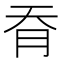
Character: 𦙖